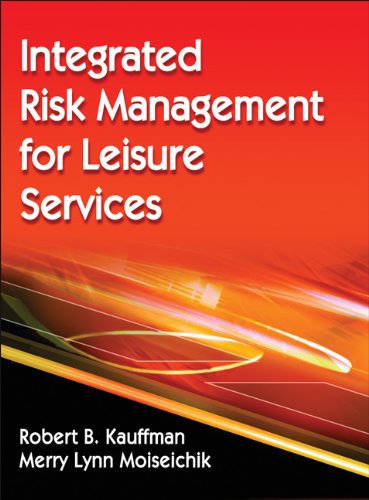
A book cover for Integrated Risk Management for Leisure Services; Robert Kauffman; Law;